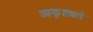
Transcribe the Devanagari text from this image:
आकृष्ट्यते